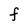
Character: F